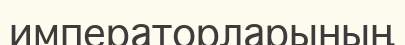
императорларының